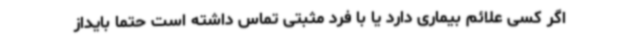
اگر کسی علائم بیماری دارد یا با فرد مثبتی تماس داشته است حتما بایداز